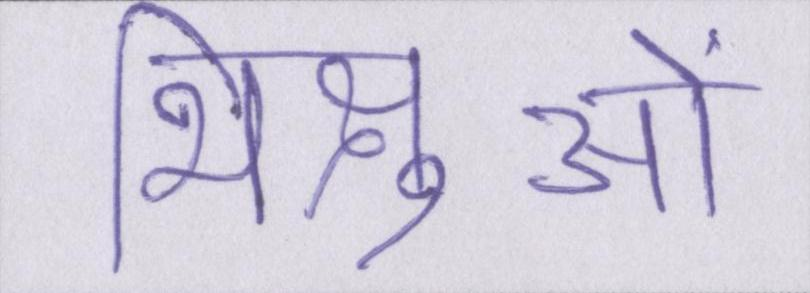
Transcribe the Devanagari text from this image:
भिक्षुओं